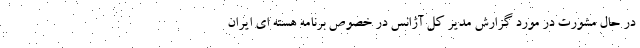
در حال مشورت در مورد گزارش مدیر کل آژانس در خصوص برنامه هسته ای ایران